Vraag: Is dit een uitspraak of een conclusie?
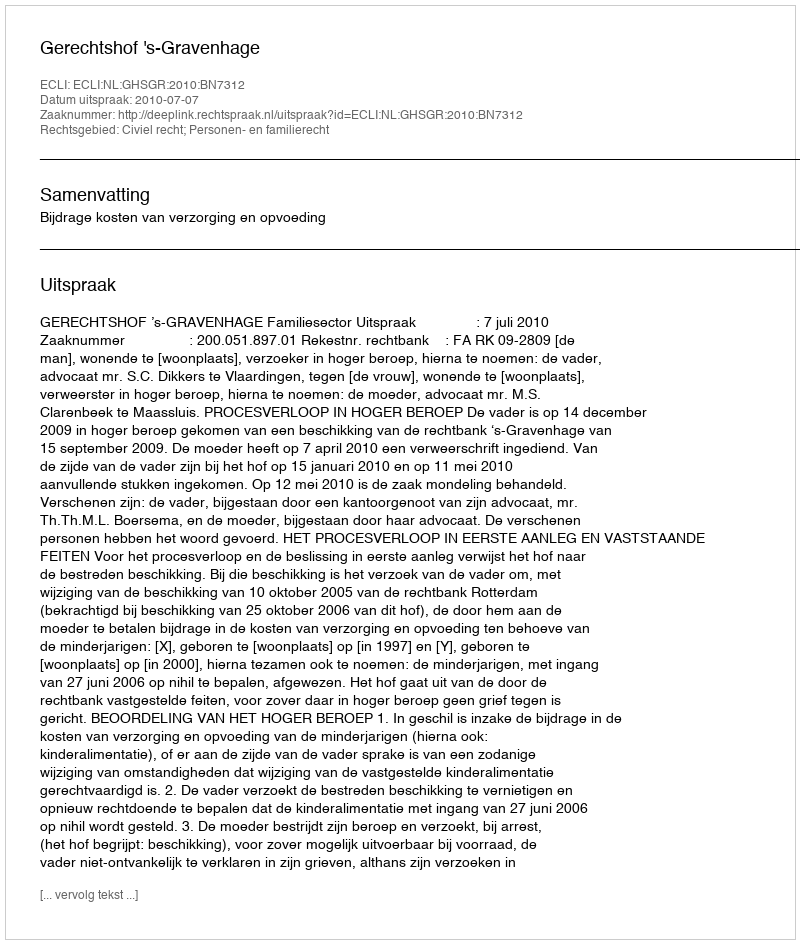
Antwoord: Uitspraak